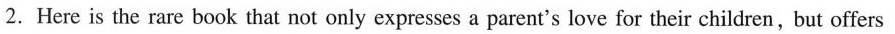
2. Here is the rare book that not only expresses a parent's love for their children,but offers